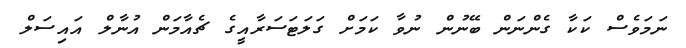
ނަމަވެސް ކަކާ ގެންނަން ބޭނުން ނުވާ ކަމަށް ގަލަޓަސަރާއީގެ ޗެއާމަން އުނާލް އައިސަލް